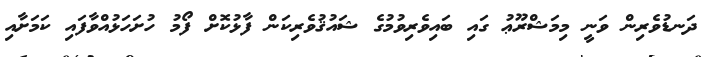
ދަނޑުވެރިން ވަނީ މިމަޝްރޫޢު ގައި ބައިވެރިވުމުގެ ޝައުޤުވެރިކަން ފާޅުކޮށް ފޯމު ހުށަހަޅުއްވާފައި ކަމަށާއި